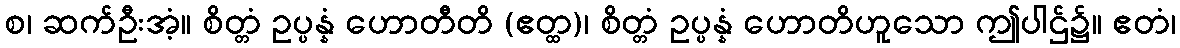
စ၊ ဆက်ဦးအံ့။ စိတ္တံ ဥပ္ပန္နံ ဟောတီတိ (ဧတ္ထ)၊ စိတ္တံ ဥပ္ပန္နံ ဟောတိဟူသော ဤပါဌ်၌။ ဧတံ၊